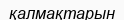
қалмақтарын